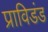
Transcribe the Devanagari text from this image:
प्राविडंड